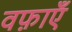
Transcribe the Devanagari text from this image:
वफ़ाएँ